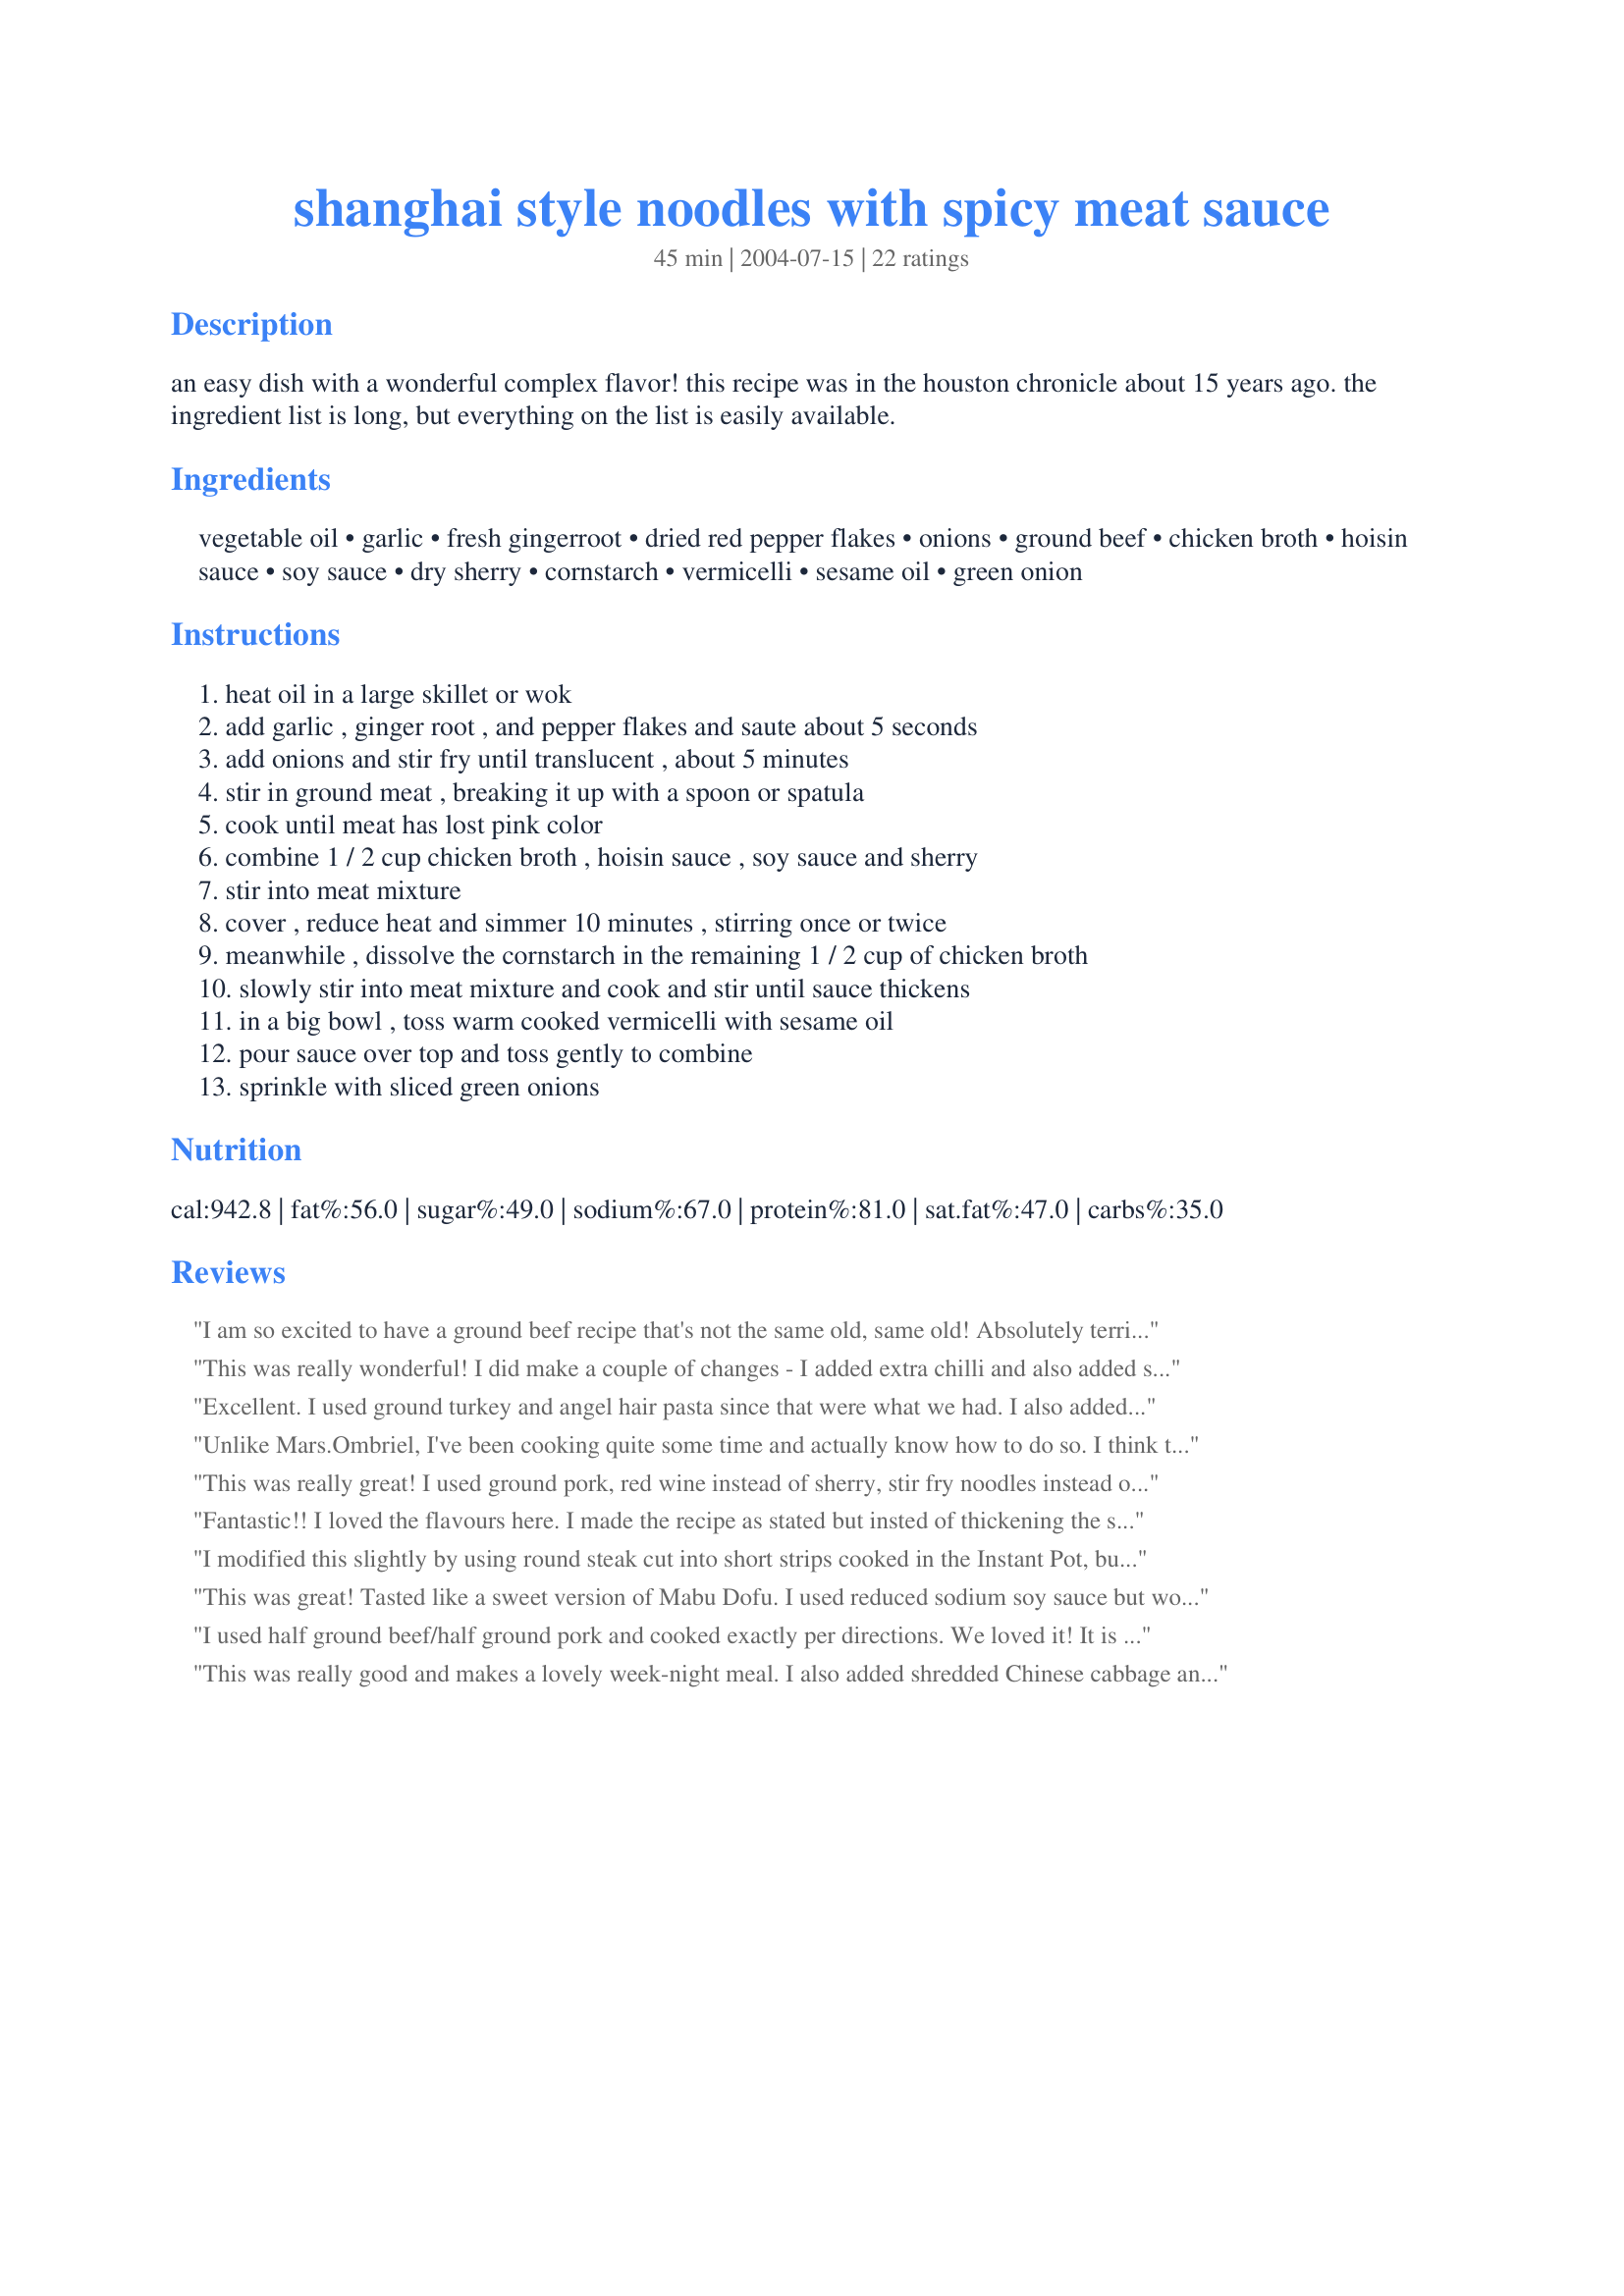
shanghai style noodles with spicy meat sauce
Preparation time: 45 minutes

an easy dish with a wonderful complex flavor! this recipe was in the houston chronicle about 15 years ago. the ingredient list is long, but everything on the list is easily available.

Ingredients:
vegetable oil, garlic, fresh gingerroot, dried red pepper flakes, onions, ground beef, chicken broth, hoisin sauce, soy sauce, dry sherry, cornstarch, vermicelli, sesame oil, green onion

Steps:
heat oil in a large skillet or wok, add garlic , ginger root , and pepper flakes and saute about 5 seconds, add onions and stir fry until translucent , about 5 minutes, stir in ground meat , breaking it up with a spoon or spatula, cook until meat has lost pink color, combine 1 / 2 cup chicken broth , hoisin sauce , soy sauce and sherry, stir into meat mixture, cover , reduce heat and simmer 10 minutes , stirring once or twice, meanwhile , dissolve the cornstarch in the remaining 1 / 2 cup of chicken broth, slowly stir into meat mixture and cook and stir until sauce thickens, in a big bowl , toss warm cooked vermicelli with sesame oil, pour sauce over top and toss gently to combine, sprinkle with sliced green onions

Reviews:
I am so excited to have a ground beef recipe that's not the same old, same old! Absolutely terrific - we all enjoyed it, which is a major accomplishment! Used red wine for the sherry, and that's the only change I made. Will make this one often.
This was really wonderful! I did make a couple of changes - I added extra chilli and also added stir fried pak choi. I served this topped with the green onions, and also some fresh chilli strips, chopped cashews and lime zest. WONDERFUL!
Excellent. I used ground turkey and angel hair pasta since that were what we had. I also added 3 cups of thinly sliced napa cabbage to the meat mixture and stir fried until wilted. I only used 1/2 cup of stock and didn't use the cornstarch because I didnt think it was necessary. I also used 2 Tablespoons of oyster sauce instead of soy sauce. Great lunch! I could have ate the whole pot myself but I shared :) A KEEPER!!
Unlike Mars.Ombriel, I've been cooking quite some time and actually know how to do so. I think this dish is DELICIOUS and much better than any other asian noodle dish I have tried. I can't imagine anyone thinking differently, and wouldn't alter the recipe a bit. Perhaps that is why the previous reviewer didn't care for it, I can't imagine anyone not liking this wonderful cuisine!
This was really great! I used ground pork, red wine instead of sherry, stir fry noodles instead of vermicelli and I added some chopped red bell pepper, sliced water chestnuts which I chopped up a bit (for some crunch) and a couple of handfuls of store-bought coleslaw mix.. because it's just shredded cabbage with some carrots right?! Turned out wonderful. Everyone had seconds and thirds. Oh and I also added some extra soy sauce to moisten the stir fry noodles before tossing everything together (because I used so many!) Delicious!!!
Fantastic!! I loved the flavours here. I made the recipe as stated but insted of thickening the sauce I added shredded chinese cabbage and a little shredded carrot. YUM!!
I modified this slightly by using round steak cut into short strips cooked in the Instant Pot, but I kept all seasoning the same. I also added a half head of thinky sliced Napa cabbage when I combined the meat and noodles. Excellent flavor...it’s a keeper.
This was great! Tasted like a sweet version of Mabu Dofu. I used reduced sodium soy sauce but would use the regular soy sauce next time. I think I&#039;ll try it over rice as well. So happy to find another use for ground beef!
I used half ground beef/half ground pork and cooked exactly per directions. We loved it! It is 5 stars for ease, frugality, and taste.
This was really good and makes a lovely week-night meal. I also added shredded Chinese cabbage and shredded carrot, some sliced portabello mushrooms, and I garnished it with chopped cilantro and cashew nuts. Thanks for posting.
This recipe was delicious. I'm about to make it a second time and when I coulnd't find my printed copy, I panicked and scoured the net trying to find it again. Don`t be fooled by the near identical recipe here called ``szechuan noodles with spicy beef sauce``, the flavor profile wouldn`t be the same without the sherry (I used dry white wine) and the chicken broth and yet that recipe is clearly loved so if you don`t have those on hand, I suppose it doesn`t matter the first time but do try it with them for a really great dish. <br/><br/>Here are my adjustments;<br/>I used thai garlic chili sauce in place of the red pepper flakes and I forgot to coat the noodles in sesame oil even though I had it on hand. Tonight I won`t forget but I will boil the noodles with the sesame oil just because it`s an easy way to get the flavor without all the fat. I also made this as a main course so I would have felt guilty not adding shredded carrot, broccoli stalk when cooking the beef and then bean sprouts at the end. This was a fantastic alternative to going out for Chinese !!
I made this for dinner last night, served it with Szechuan Bok Choy #12563, and we all loved it! I used all ground pork and fresh linguine noodles, but otherwise followed the recipe. The sauce is outstanding and it has just the right amount of heat. This would also be good with ground turkey. Thanks for posting this- it's a keeper!
Delicious and flavorful! What a nice option for staying home instead of going out on a Friday night! I used ground beef and added sausage, also added green and yellow squash and carrots for a one dish meal. Thanks for sharing!
As soon as I saw this I knew we'd love this and it is awesome! Tonight it was a last minute decision to make this with a couple of small packets of vermicelli and a couple of small packets of hokkien noodles that needed using up. I prepared the mince mixture (ground meat mixture) ahead of time and then just added the thickening when heating up at night ready for our dinner. You could easily add any veggies to this, zucchinis, corn, really anything if you wanted to. I didn't tonight and enjoyed it exactally as written but possibly next time, and there will definitely be a next time soon, I will.
Maybe it is the chinese rice wine that I used instead of the sherry that made this dish a little strong tasting. Other than that, flavor was quite delicious. Thank you for posting.
Delicious. You can also used egg noodles, ramen or spaghetti if you don't have rice noodles.
I feel a bit nervous about giving a bad review for a recipe that is so well-liked, especially as my first review, and especially when it's quite possible that the problem was me. I've been cooking for less than a year and I have had some pretty bad screw-ups before. However, this dish was not very good at all compared to the other recipes I've tried from recipezaar. I'll explain what I did, and you can make your own opinion whether it's me or the recipe.

I followed the recipe as closely as I could. I used spaghetti instead of vermicelli, and I forgot to add the sesame oil. Those were the only two changes. It smelled really good while cooking, but the end result was very oily and just tasted like beef fat and hoisin. None of the other ingredients were noticeable. I made myself eat a bowl of it, but when I went to heat up the leftovers later, I just couldn't bear to eat the rest.

I had wondered whether I should drain the oil and beef fat from the pan before adding the sauce ingredients, but I decided not to because I thought it might take away the flavor of the spices that had been cooked in it. I used 80% lean ground beef, because 90% and 95% were much more expensive. Maybe the recipe was created with the less fatty kind, and that's why mine was so oily. Although 3 tablespoons of oil does seem a little excessive for cooking that amount of onions and spices, compared to other recipes I've seen.

As for the flavor otherwise, I think the problem isn't really "too much hoisin," but actually "not enough of everything else." It was just bland. I don't think adding the sesame oil would have helped; in my experience, sesame oil has a strong smell but not much of a flavor, and in any case, it would have made the food that much oilier.

 It might have worked better with some modifications, such as using less oil, using leaner beef, and adding more garlic, ginger, pepper flakes, and soy sauce. Adding vegetables, like many of the previous reviewers did, might also improve it. However, I probably will not try this recipe again. I would rather look for a different recipe for ground beef and noodles than try to alter this one.
Add another five stars from me. I did reduce the hoisin sauce for our taste. Besides that, I didn't change anything. We really enjoyed it and I was so happy to have some leftover for my lunch the next day. Thanks for posting.
My husband and son really liked this. I cut the red pepper flakes to 1/4 tsp and left the rest of the recipe alone. This was easy to make. Thanks for the recipe.
This was really good, great flavor and easy to make. The hoisin was a little overpowering so next time I may cut back just a bit or maybe add more broth.
I made this tonight for the two of us. I used half the meat and onion, but basically all the wet sauce ingredients. Like almost every one else who has reviewed it, I added in some veg-diced capsicum, peas and shredded carrot. I only used two teaspoons to cook my onion, pork mince, garlic and ginger together-the pork mince was extra lean but provided enough extra moisture to get everything cooked. After tasting it, I added in a tablespoon of rice wine vinegar to give the dish a lift. I only used two teaspoons of cornflour as I figured 2 tablespoons would make it too gluggy for our likes. A definite keeper that we really enjoyed.
What a great use for ground beef!!!! I tweaked a bit by cutting back to 1/2 T oil, using 1/2 lb lean ground beef, and adding some shredded carrot, sliced bell pepper and broccoli I blanched in the pasta water. I added the veggies at the end with the noodles so they would stay crispy. I only needed 1 T cornstarch to thicken, and 3/4 lb pasta. Was soooo good we can't wait to have it again.
